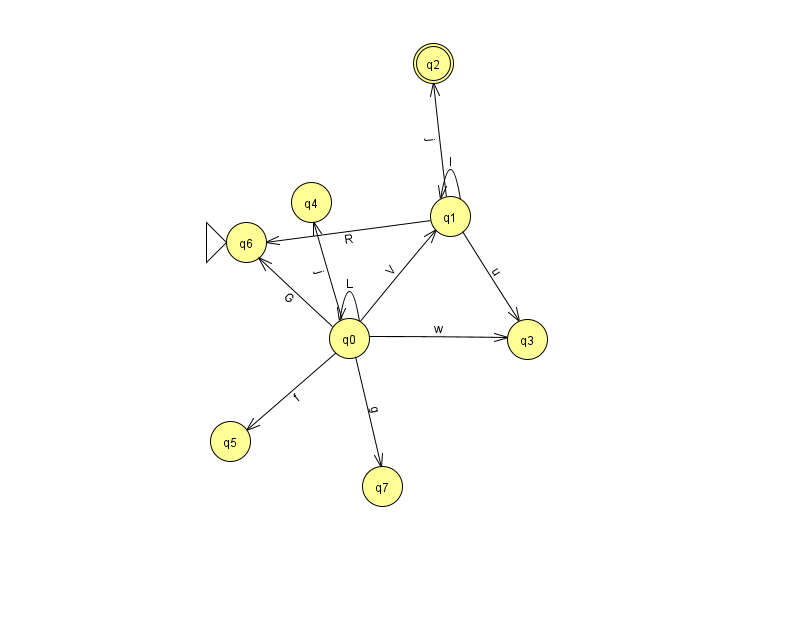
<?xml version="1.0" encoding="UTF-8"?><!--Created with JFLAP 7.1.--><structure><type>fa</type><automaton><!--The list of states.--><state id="0" name="q0"><x>349.0</x><y>325.0</y></state><state id="1" name="q1"><x>450.0</x><y>203.0</y></state><state id="2" name="q2"><x>433.0</x><y>50.0</y><final/></state><state id="3" name="q3"><x>527.0</x><y>326.0</y></state><state id="4" name="q4"><x>311.0</x><y>189.0</y></state><state id="5" name="q5"><x>230.0</x><y>428.0</y></state><state id="6" name="q6"><x>246.0</x><y>229.0</y><initial/></state><state id="7" name="q7"><x>382.0</x><y>473.0</y></state><!--The list of transitions.--><transition><from>0</from><to>7</to><read>g</read></transition><transition><from>0</from><to>1</to><read>V</read></transition><transition><from>1</from><to>3</to><read>u</read></transition><transition><from>0</from><to>3</to><read>w</read></transition><transition><from>0</from><to>6</to><read>G</read></transition><transition><from>1</from><to>2</to><read>j</read></transition><transition><from>1</from><to>6</to><read>R</read></transition><transition><from>0</from><to>0</to><read>L</read></transition><transition><from>1</from><to>1</to><read>l</read></transition><transition><from>0</from><to>4</to><read>j</read></transition><transition><from>0</from><to>5</to><read>f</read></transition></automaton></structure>